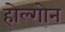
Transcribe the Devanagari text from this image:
होल्गोन